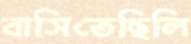
বাসিতেছিলি